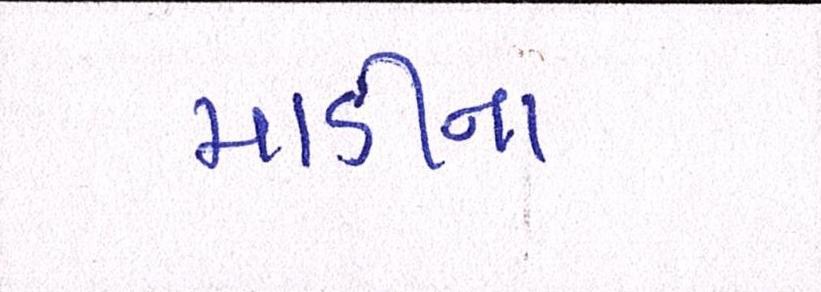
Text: માડીના